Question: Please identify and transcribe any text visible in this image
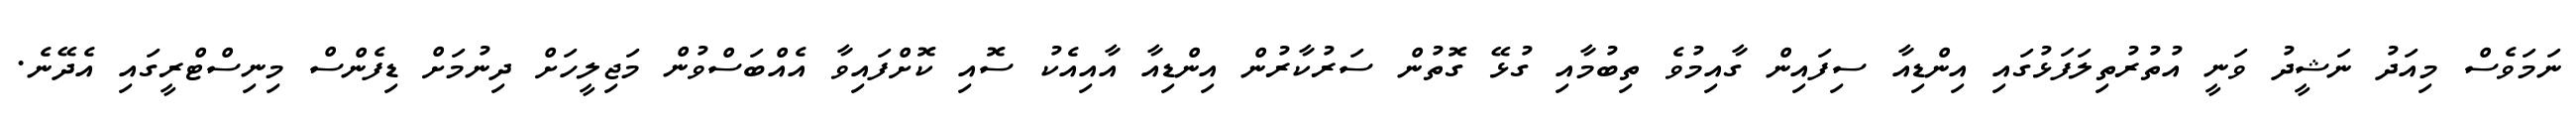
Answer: ނަމަވެސް މިއަދު ނަޝީދު ވަނީ އުތުރުތިލަފަޅުގައި އިންޑިއާ ސިފައިން ގާއިމުވެ ތިބުމާއި ގުޅޭ ގޮތުން ސަރުކާރުން އިންޑިއާ އާއިއެކު ސޮއި ކޮށްފައިވާ އެއްބަސްވުން މަޖިލީހަށް ދިނުމަށް ޑިފެންސް މިނިސްޓްރީގައި އެދޭނެ.